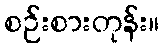
စဉ်းစားတုန်း။